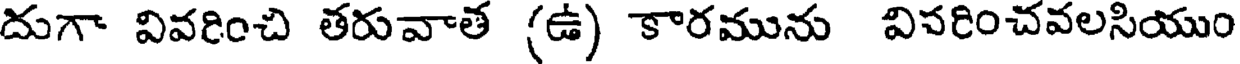
దుగా వివరించి తరువాత (ఉ) కారమును విపరించవలసియుం